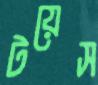
টয়েস